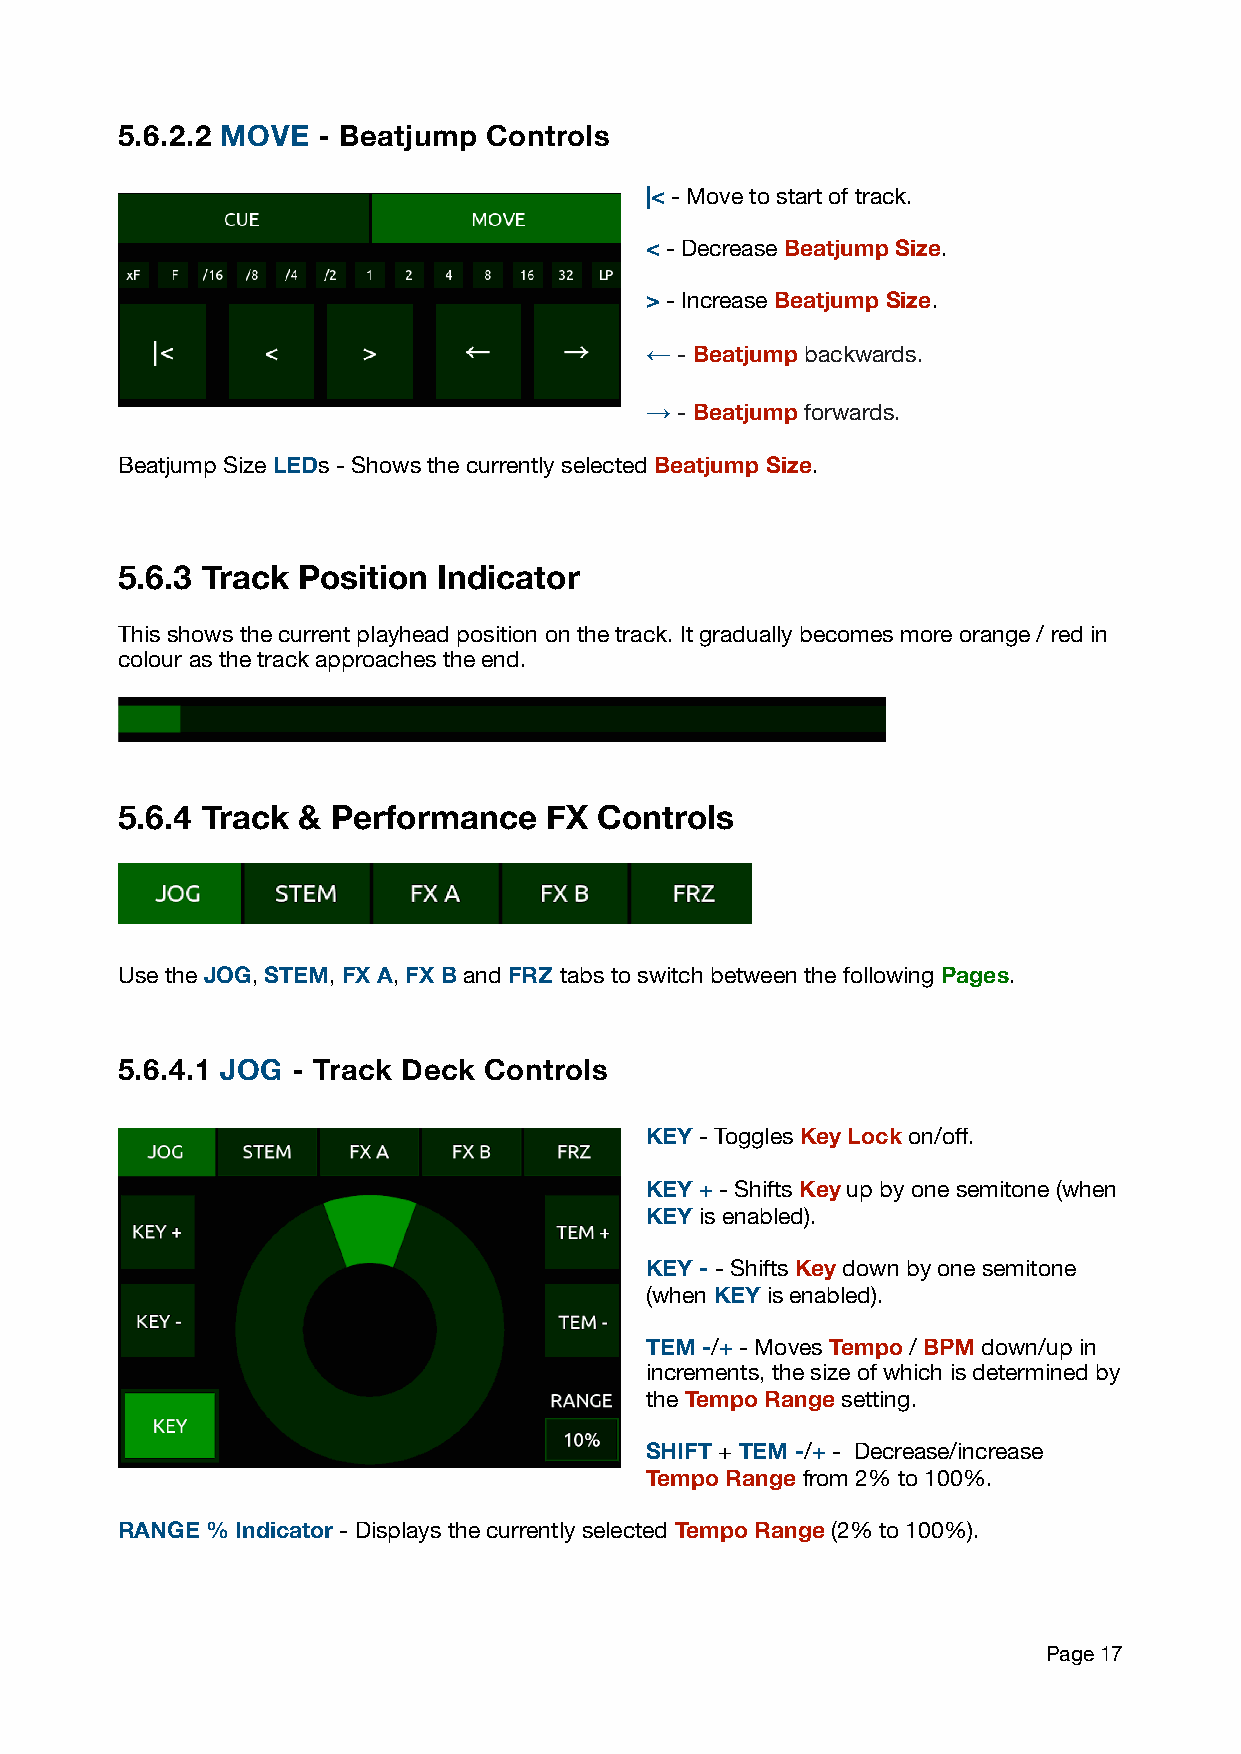
5.6.2.2 MOVE - Beatjump Controls
 |< - Move to start of track.
 < - Decrease Beatjump Size.
 > - Increase Beatjump Size.
 ← - Beatjump backwards.
 → - Beatjump forwards.
 Beatjump Size LEDs - Shows the currently selected Beatjump Size.
 5.6.3 Track Position Indicator
 This shows the current playhead position on the track. It gradually becomes more orange / red in
 colour as the track approaches the end.
 5.6.4 Track & Performance   FX  Controls
 Use the JOG, STEM, FX A, FX B and FRZ tabs to switch between the following Pages.
 5.6.4.1 JOG - Track Deck Controls
 KEY - Toggles Key Lock on/off.
 KEY + - Shifts Key up by one semitone (when
 KEY is enabled).
 KEY - - Shifts Key down by one semitone
 (when KEY is enabled).
 TEM -/+ - Moves Tempo / BPM down/up in
 increments, the size of which is determined by
 the Tempo Range setting.
 SHIFT + TEM -/+ - Decrease/increase
 Tempo Range from 2% to 100%.
 RANGE % Indicator - Displays the currently selected Tempo Range (2% to 100%).
 Page 17